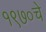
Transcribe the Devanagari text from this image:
१९७०चे